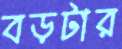
বড়টার